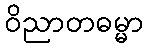
ဝိညာတဓမ္မာ